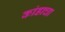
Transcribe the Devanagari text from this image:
कांडाचा